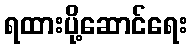
ရထားပို့ဆောင်ရေး